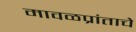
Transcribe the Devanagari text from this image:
मावळप्रांताचे